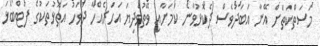
މަސަތްކަތަށް އޭނާ އަބަދުވެސް ދެކޮޅުވާނެ ކަމަށާއި ވޭތުވެދިޔަ އަހަރެއްހާ ދުވަހު އަތޮޅުތަކުގެ ފުޓްބޯޅަ